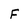
Character: F